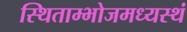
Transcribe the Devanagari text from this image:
स्थिताम्भोजमध्यस्थं